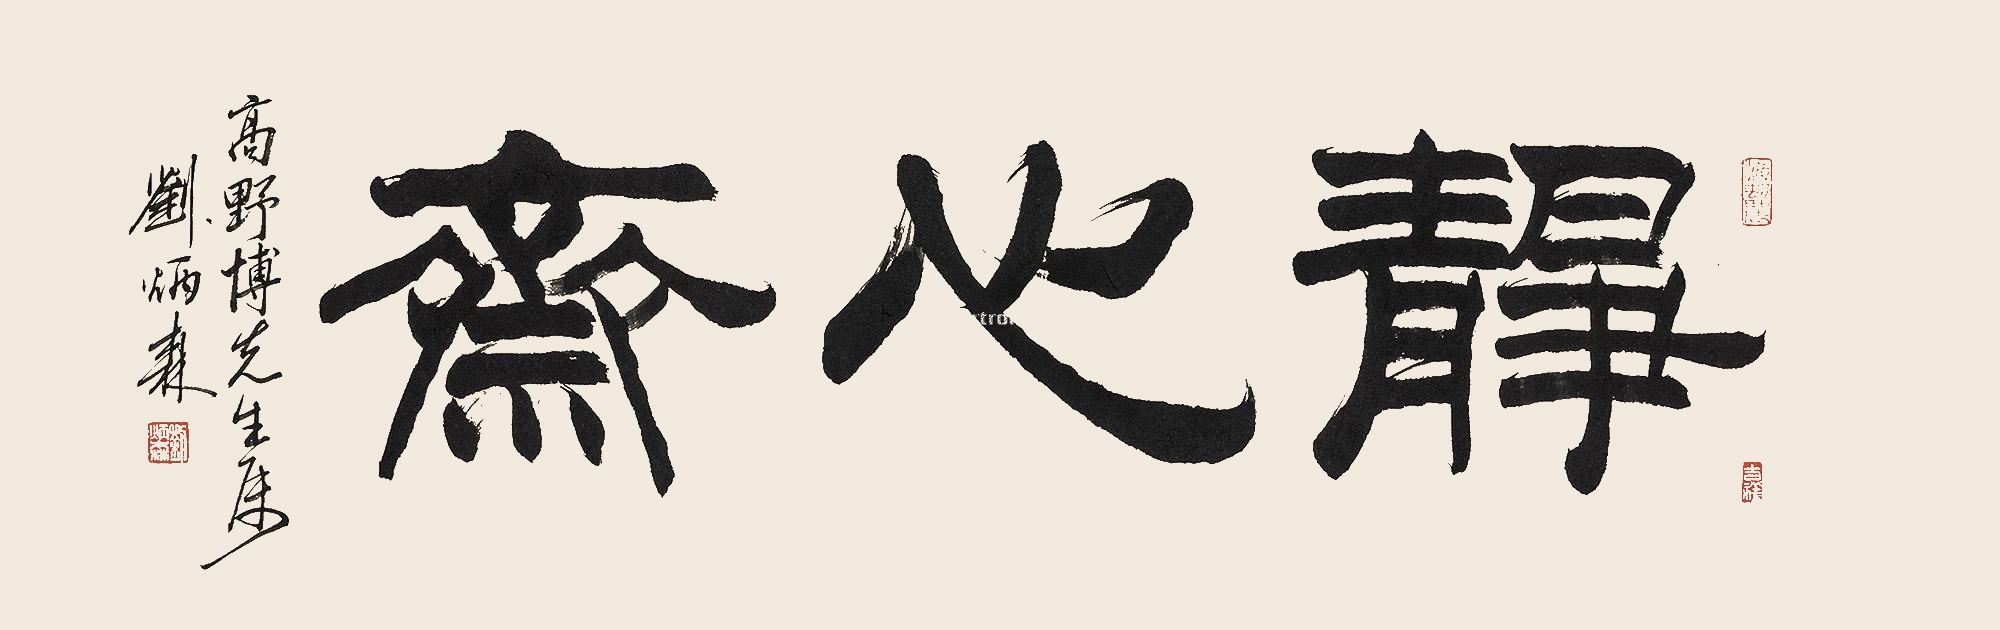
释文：静心斋高野博先生属。刘炳森。